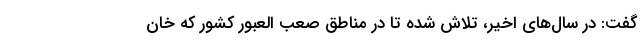
گفت: در سال‌های اخیر، تلاش شده تا در مناطق صعب العبور کشور که خان